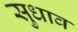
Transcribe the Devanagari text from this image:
सुधाव